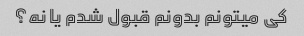
کی میتونم بدونم قبول شدم یا نه؟